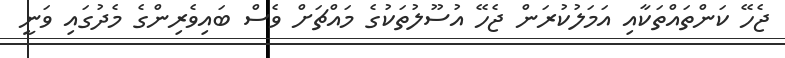
ޖެހޭ ކަންތައްތަކާއި އަމަލުކުރަން ޖެހޭ އުސޫލުތަކުގެ މައްޗަށް ވެސް ބައިވެރިންގެ މެދުގައި ވަނީ